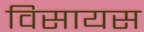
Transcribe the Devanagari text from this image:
विसायस